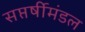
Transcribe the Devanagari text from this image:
सप्तर्षीमंडल